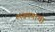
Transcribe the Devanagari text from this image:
लक्ष्मणाचा